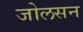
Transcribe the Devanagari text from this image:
जोलसन